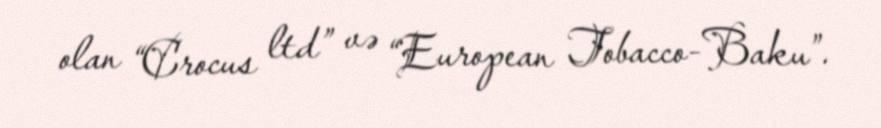
olan “Crocus ltd” və “European Tobacco-Baku”.